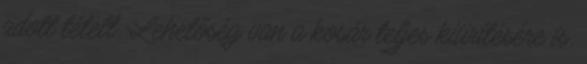
adott tételt. Lehetőség van a kosár teljes kiürítésére is,